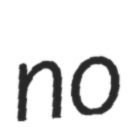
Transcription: no